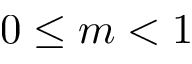
0 \leq m < 1